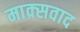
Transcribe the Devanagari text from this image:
माक्र्सवाद